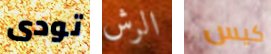
تودى الرش كيس